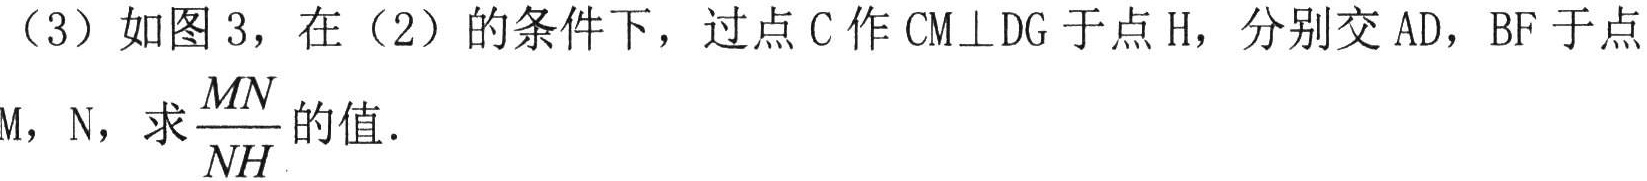
（3）如图 3，在（2）的条件下，过点 C 作 \(CM\perp DG\) 于点 H，分别交 AD，BF 于点 M，N，求\(\frac{MN}{NH}\)的值.